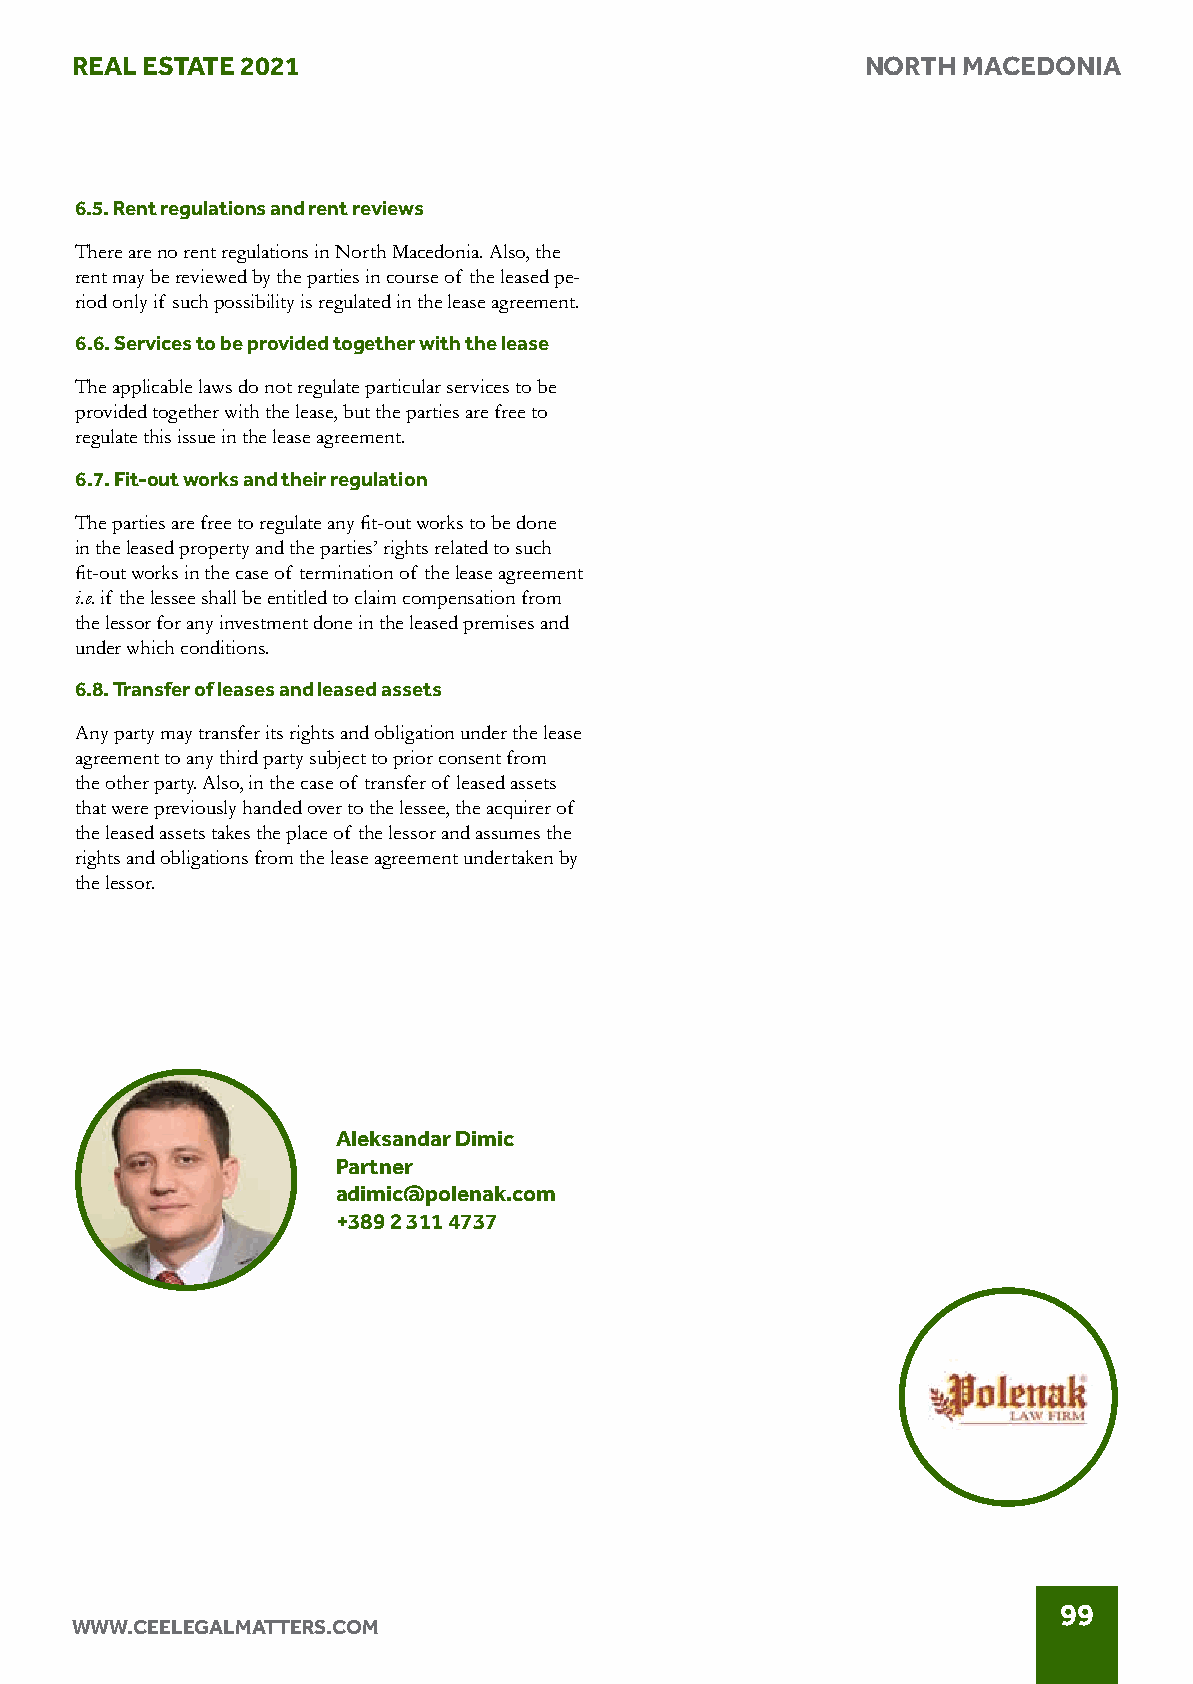
REAL ESTATE 2021                                    NORTH  MACEDONIA
 6.5. Rent regulations and rent reviews
 There are no rent regulations in North Macedonia. Also, the
 rent may be reviewed by the parties in course of the leased pe-
 riod only if such possibility is regulated in the lease agreement.
 6.6. Services to be provided together with the lease
 The applicable laws do not regulate particular services to be
 provided together with the lease, but the parties are free to
 regulate this issue in the lease agreement.
 6.7. Fit-out works and their regulation
 The parties are free to regulate any fit-out works to be done
 in the leased property and the parties’ rights related to such
 fit-out works in the case of termination of the lease agreement
 i.e. if the lessee shall be entitled to claim compensation from
 the lessor for any investment done in the leased premises and
 under which conditions.
 6.8. Transfer of leases and leased assets
 Any party may transfer its rights and obligation under the lease
 agreement to any third party subject to prior consent from
 the other party. Also, in the case of transfer of leased assets
 that were previously handed over to the lessee, the acquirer of
 the leased assets takes the place of the lessor and assumes the
 rights and obligations from the lease agreement undertaken by
 the lessor.
 Aleksandar Dimic
 Partner
 adimic@polenak.com
 +389 2 311 4737
 99
 WWW.CEELEGALMATTERS.COM